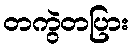
တကွဲတပြား